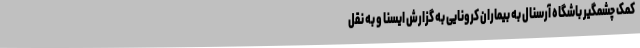
کمک چشمگیر باشگاه آرسنال به بیماران کرونایی به گزارش ایسنا و به نقل